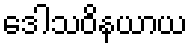
ဒေါသဝိနယာယ